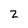
Character: 2